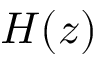
H ( z )